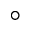
^ { \circ }